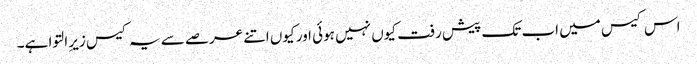
اس کیس میں اب تک پیش رفت کیوں نہیں ہوئی اور کیوں اتنے عرصے سے یہ کیس زیرِ التوا ہے۔